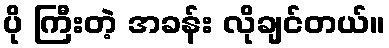
ပို ကြီးတဲ့ အခန်း လိုချင်တယ်။